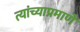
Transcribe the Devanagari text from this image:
त्यांच्याप्रमाणे